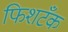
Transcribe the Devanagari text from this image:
फिशटँक